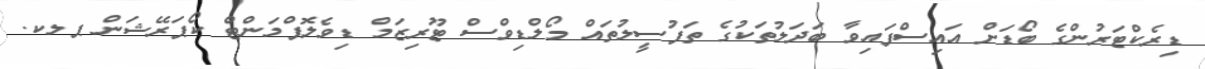
ޑިރެކްޓަރުންގެ ބޯޑަށް އައިސްފައިވާ ބަދަލުތަކުގެ ތަފުސީލުތައް މޯލްޑިވްސް ޓޫރިޒަމް ޑިވެލޮޕްމަންޓް ކޯޕަރޭޝަން ޕލކ.